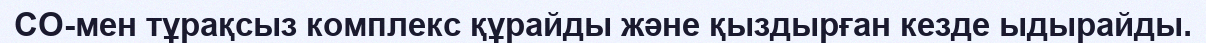
CO-мен тұрақсыз комплекс құрайды және қыздырған кезде ыдырайды.